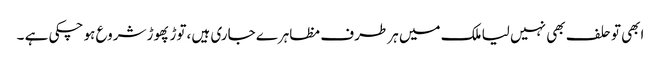
ابھی تو حلف بھی نہیں لیا ملک میں ہر طرف مظاہرے جاری ہیں ،توڑ پھوڑ شروع ہو چکی ہے ۔